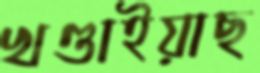
খণ্ডাইয়াছ